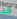
قد